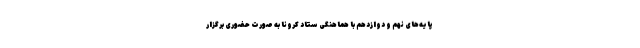
پایه‌های نهم و دوازدهم با هماهنگی ستاد کرونا به صورت حضوری برگزار